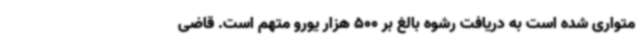
متواری شده است به دریافت رشوه بالغ بر 500 هزار یورو متهم است. قاضی